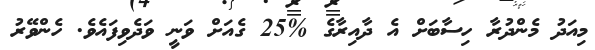
މިއަދު މެންދުރާ ހިސާބަށް އެ ދާއިރާގެ %25 ގެއަށް ވަނީ ވަދެވިފައެވެ. ހެންވޭރު